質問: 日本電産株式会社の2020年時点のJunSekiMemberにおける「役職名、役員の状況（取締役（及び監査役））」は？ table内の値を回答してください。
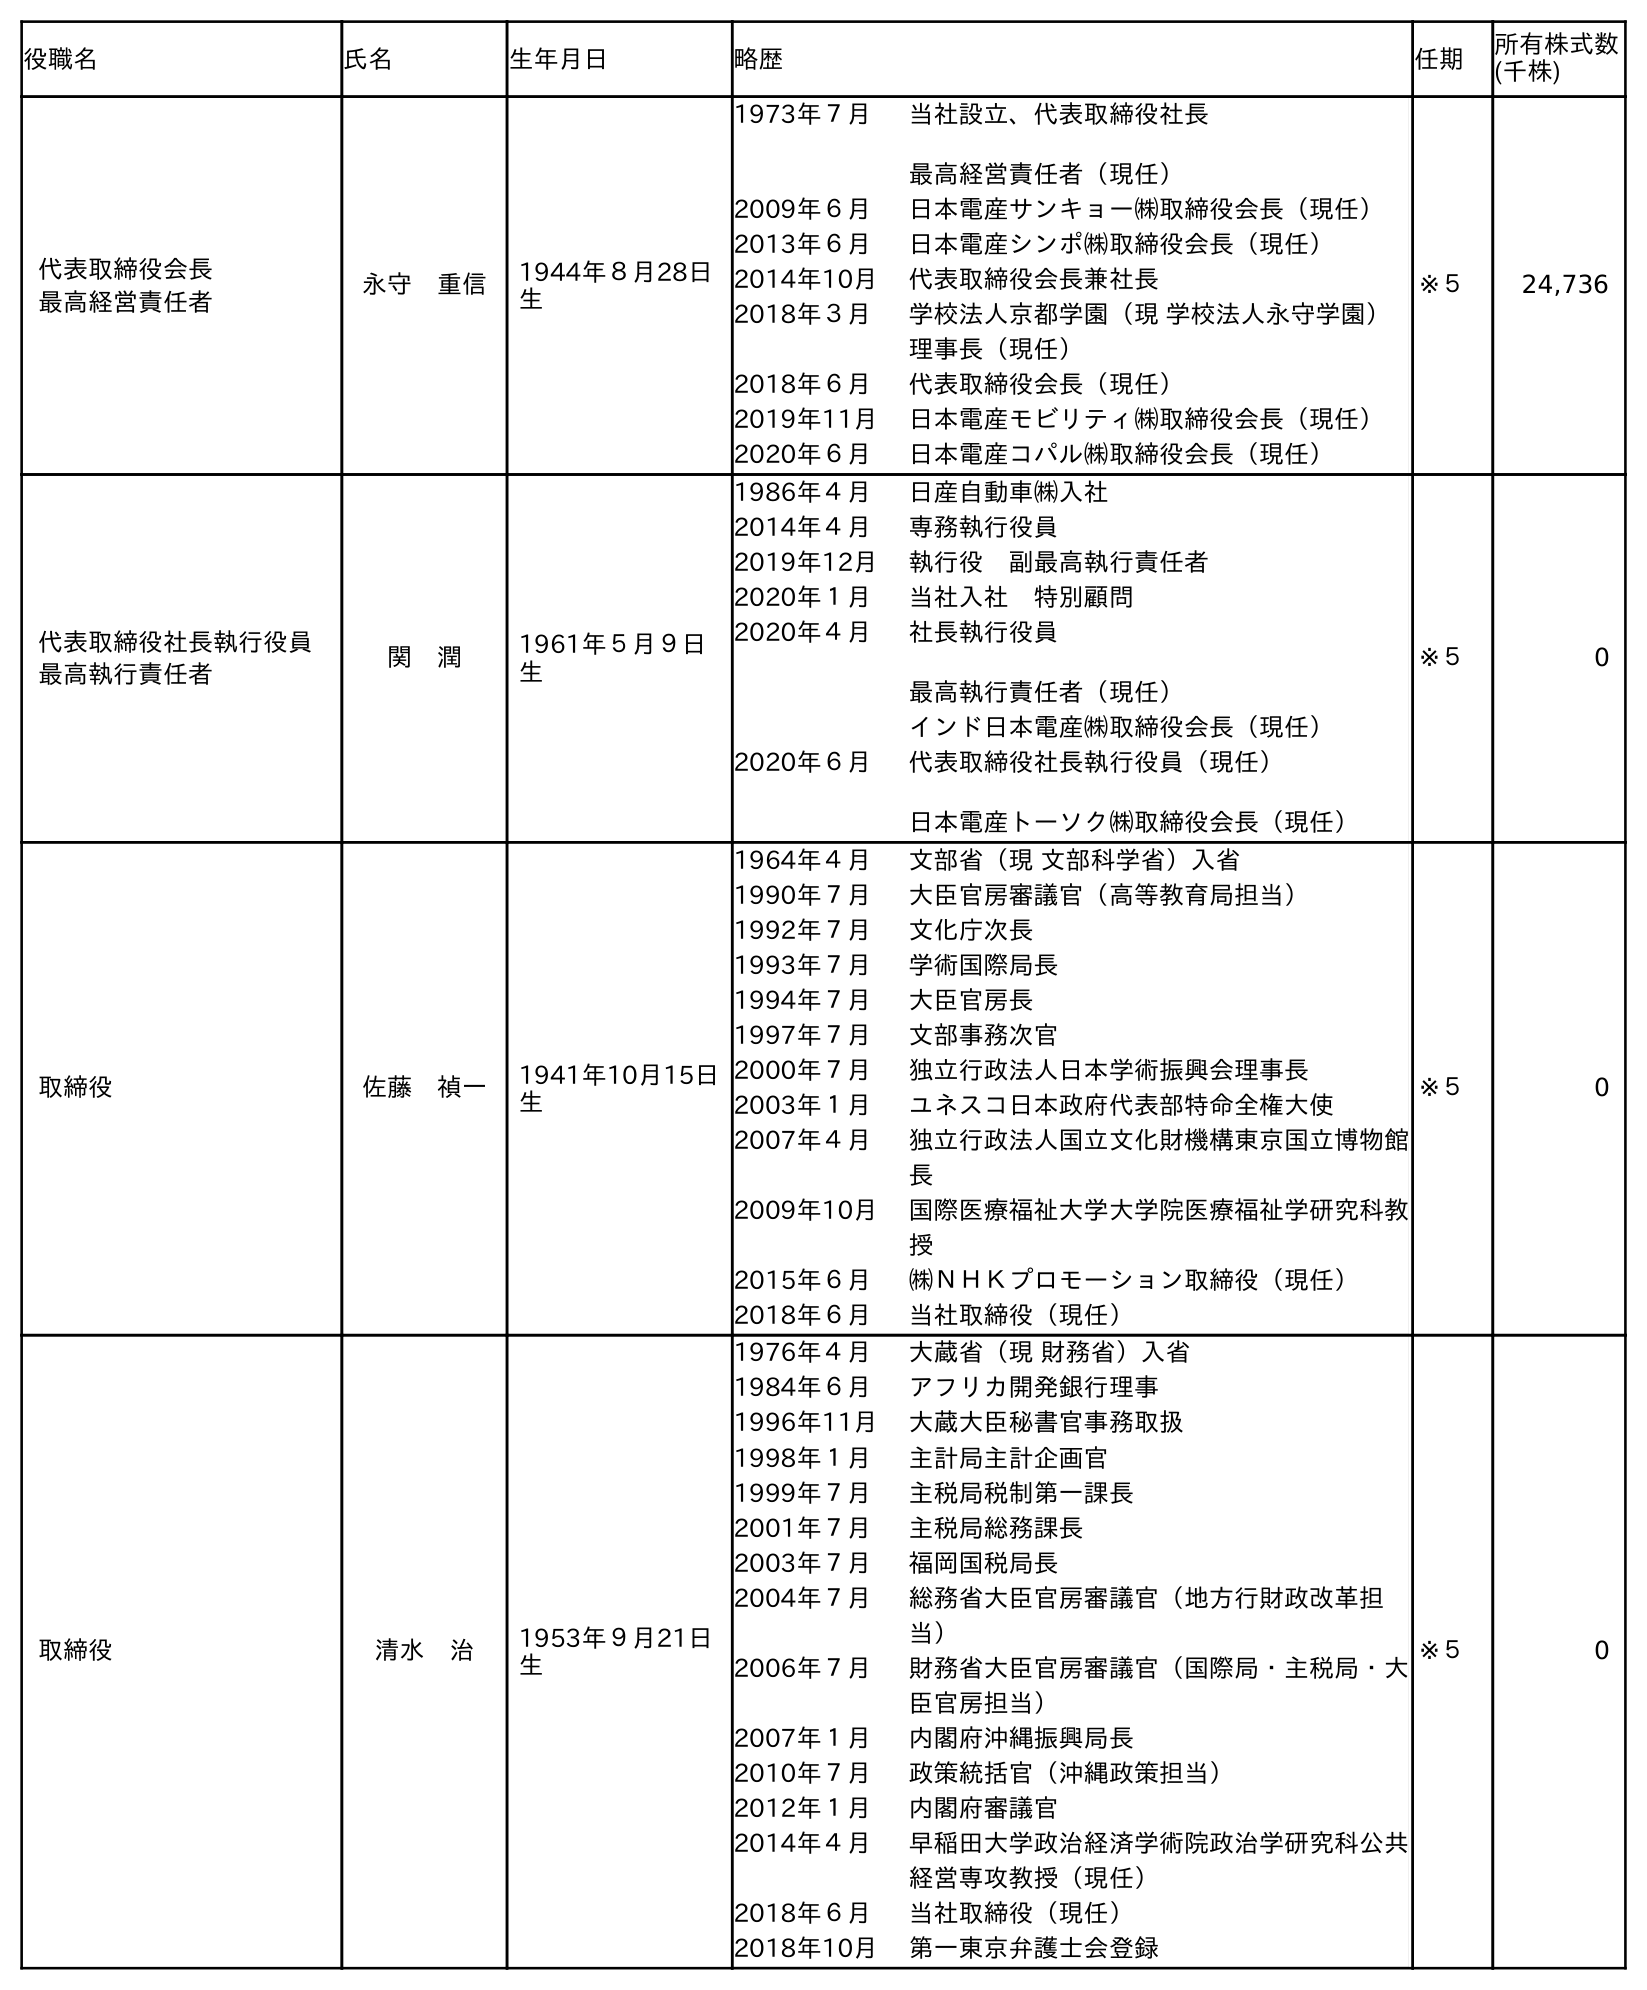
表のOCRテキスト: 役職名 氏名 生年月日 略歴 任期 所有株式数 (千株) 代表取締役会長 最高経営責任者 永守 重信 1944年８月28日 生 1973年７月 当社設立、代表取締役社長 最高経営責任者（現任） 2009年６月 日本電産サンキョー㈱取締役会長（現任） 2013年６月 日本電産シンポ㈱取締役会長（現任） 2014年10月 代表取締役会長兼社長 2018年３月 学校法人京都学園（現 学校法人永守学園） 理事長（現任） 2018年６月 代表取締役会長（現任） 2019年11月 日本電産モビリティ㈱取締役会長（現任） 2020年６月 日本電産コパル㈱取締役会長（現任） ※５ 24,736 代表取締役社長執行役員 最高執行責任者 関 潤 1961年５月９日 生 1986年４月 日産自動車㈱入社 2014年４月 専務執行役員 2019年12月 執行役 副最高執行責任者 2020年１月 当社入社 特別顧問 2020年４月 社長執行役員 最高執行責任者（現任） インド日本電産㈱取締役会長（現任） 2020年６月 代表取締役社長執行役員（現任） 日本電産トーソク㈱取締役会長（現任） ※５ 0 取締役 佐藤 禎一 1941年10月15日 生 1964年４月 文部省（現 文部科学省）入省 1990年７月 大臣官房審議官（高等教育局担当） 1992年７月 文化庁次長 1993年７月 学術国際局長 1994年７月 大臣官房長 1997年７月 文部事務次官 2000年７月 独立行政法人日本学術振興会理事長 2003年１月 ユネスコ日本政府代表部特命全権大使 2007年４月 独立行政法人国立文化財機構東京国立博物館 長 2009年10月 国際医療福祉大学大学院医療福祉学研究科教 授 2015年６月 ㈱ＮＨＫプロモーション取締役（現任） 2018年６月 当社取締役（現任） ※５ 0 取締役 清水 治 1953年９月21日 生 1976年４月 大蔵省（現 財務省）入省 1984年６月 アフリカ開発銀行理事 1996年11月 大蔵大臣秘書官事務取扱 1998年１月 主計局主計企画官 1999年７月 主税局税制第一課長 2001年７月 主税局総務課長 2003年７月 福岡国税局長 2004年７月 総務省大臣官房審議官（地方行財政改革担 当） 2006年７月 財務省大臣官房審議官（国際局・主税局・大 臣官房担当） 2007年１月 内閣府沖縄振興局長 2010年７月 政策統括官（沖縄政策担当） 2012年１月 内閣府審議官 2014年４月 早稲田大学政治経済学術院政治学研究科公共 経営専攻教授（現任） 2018年６月 当社取締役（現任） 2018年10月 第一東京弁護士会登録 ※５ 0
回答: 代表取締役社長執行役員最高執行責任者